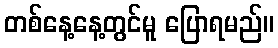
တစ်နေ့နေ့တွင်မူ ပြောရမည်။